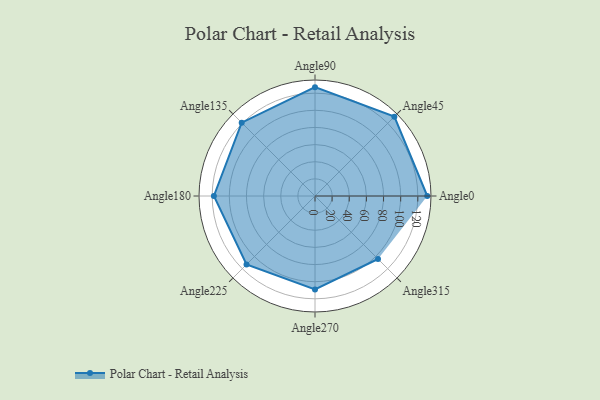
{"axis": {"x": "Angle", "y": "Radius"}, "legend": [""], "data": [{"x": "Angle0", "y": 131.0, "type": ""}, {"x": "Angle45", "y": 131.0, "type": ""}, {"x": "Angle90", "y": 127.0, "type": ""}, {"x": "Angle135", "y": 121.0, "type": ""}, {"x": "Angle180", "y": 118.0, "type": ""}, {"x": "Angle225", "y": 113.0, "type": ""}, {"x": "Angle270", "y": 109.0, "type": ""}, {"x": "Angle315", "y": 104.0, "type": ""}]}